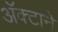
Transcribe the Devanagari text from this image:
अॅक्टाने